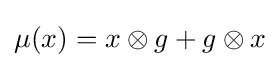
\mu (x)=x\otimes g+g\otimes x